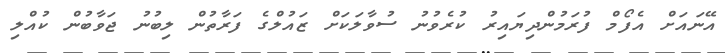
އޭނައަށް އެފޯމް ފުރަމުންދިޔައިރު ކުރެވުނު ސުވާލަކަށް ޒައުލްގެ ފަރާތުން ލިބުނު ޖަވާބުން ކުއްލި